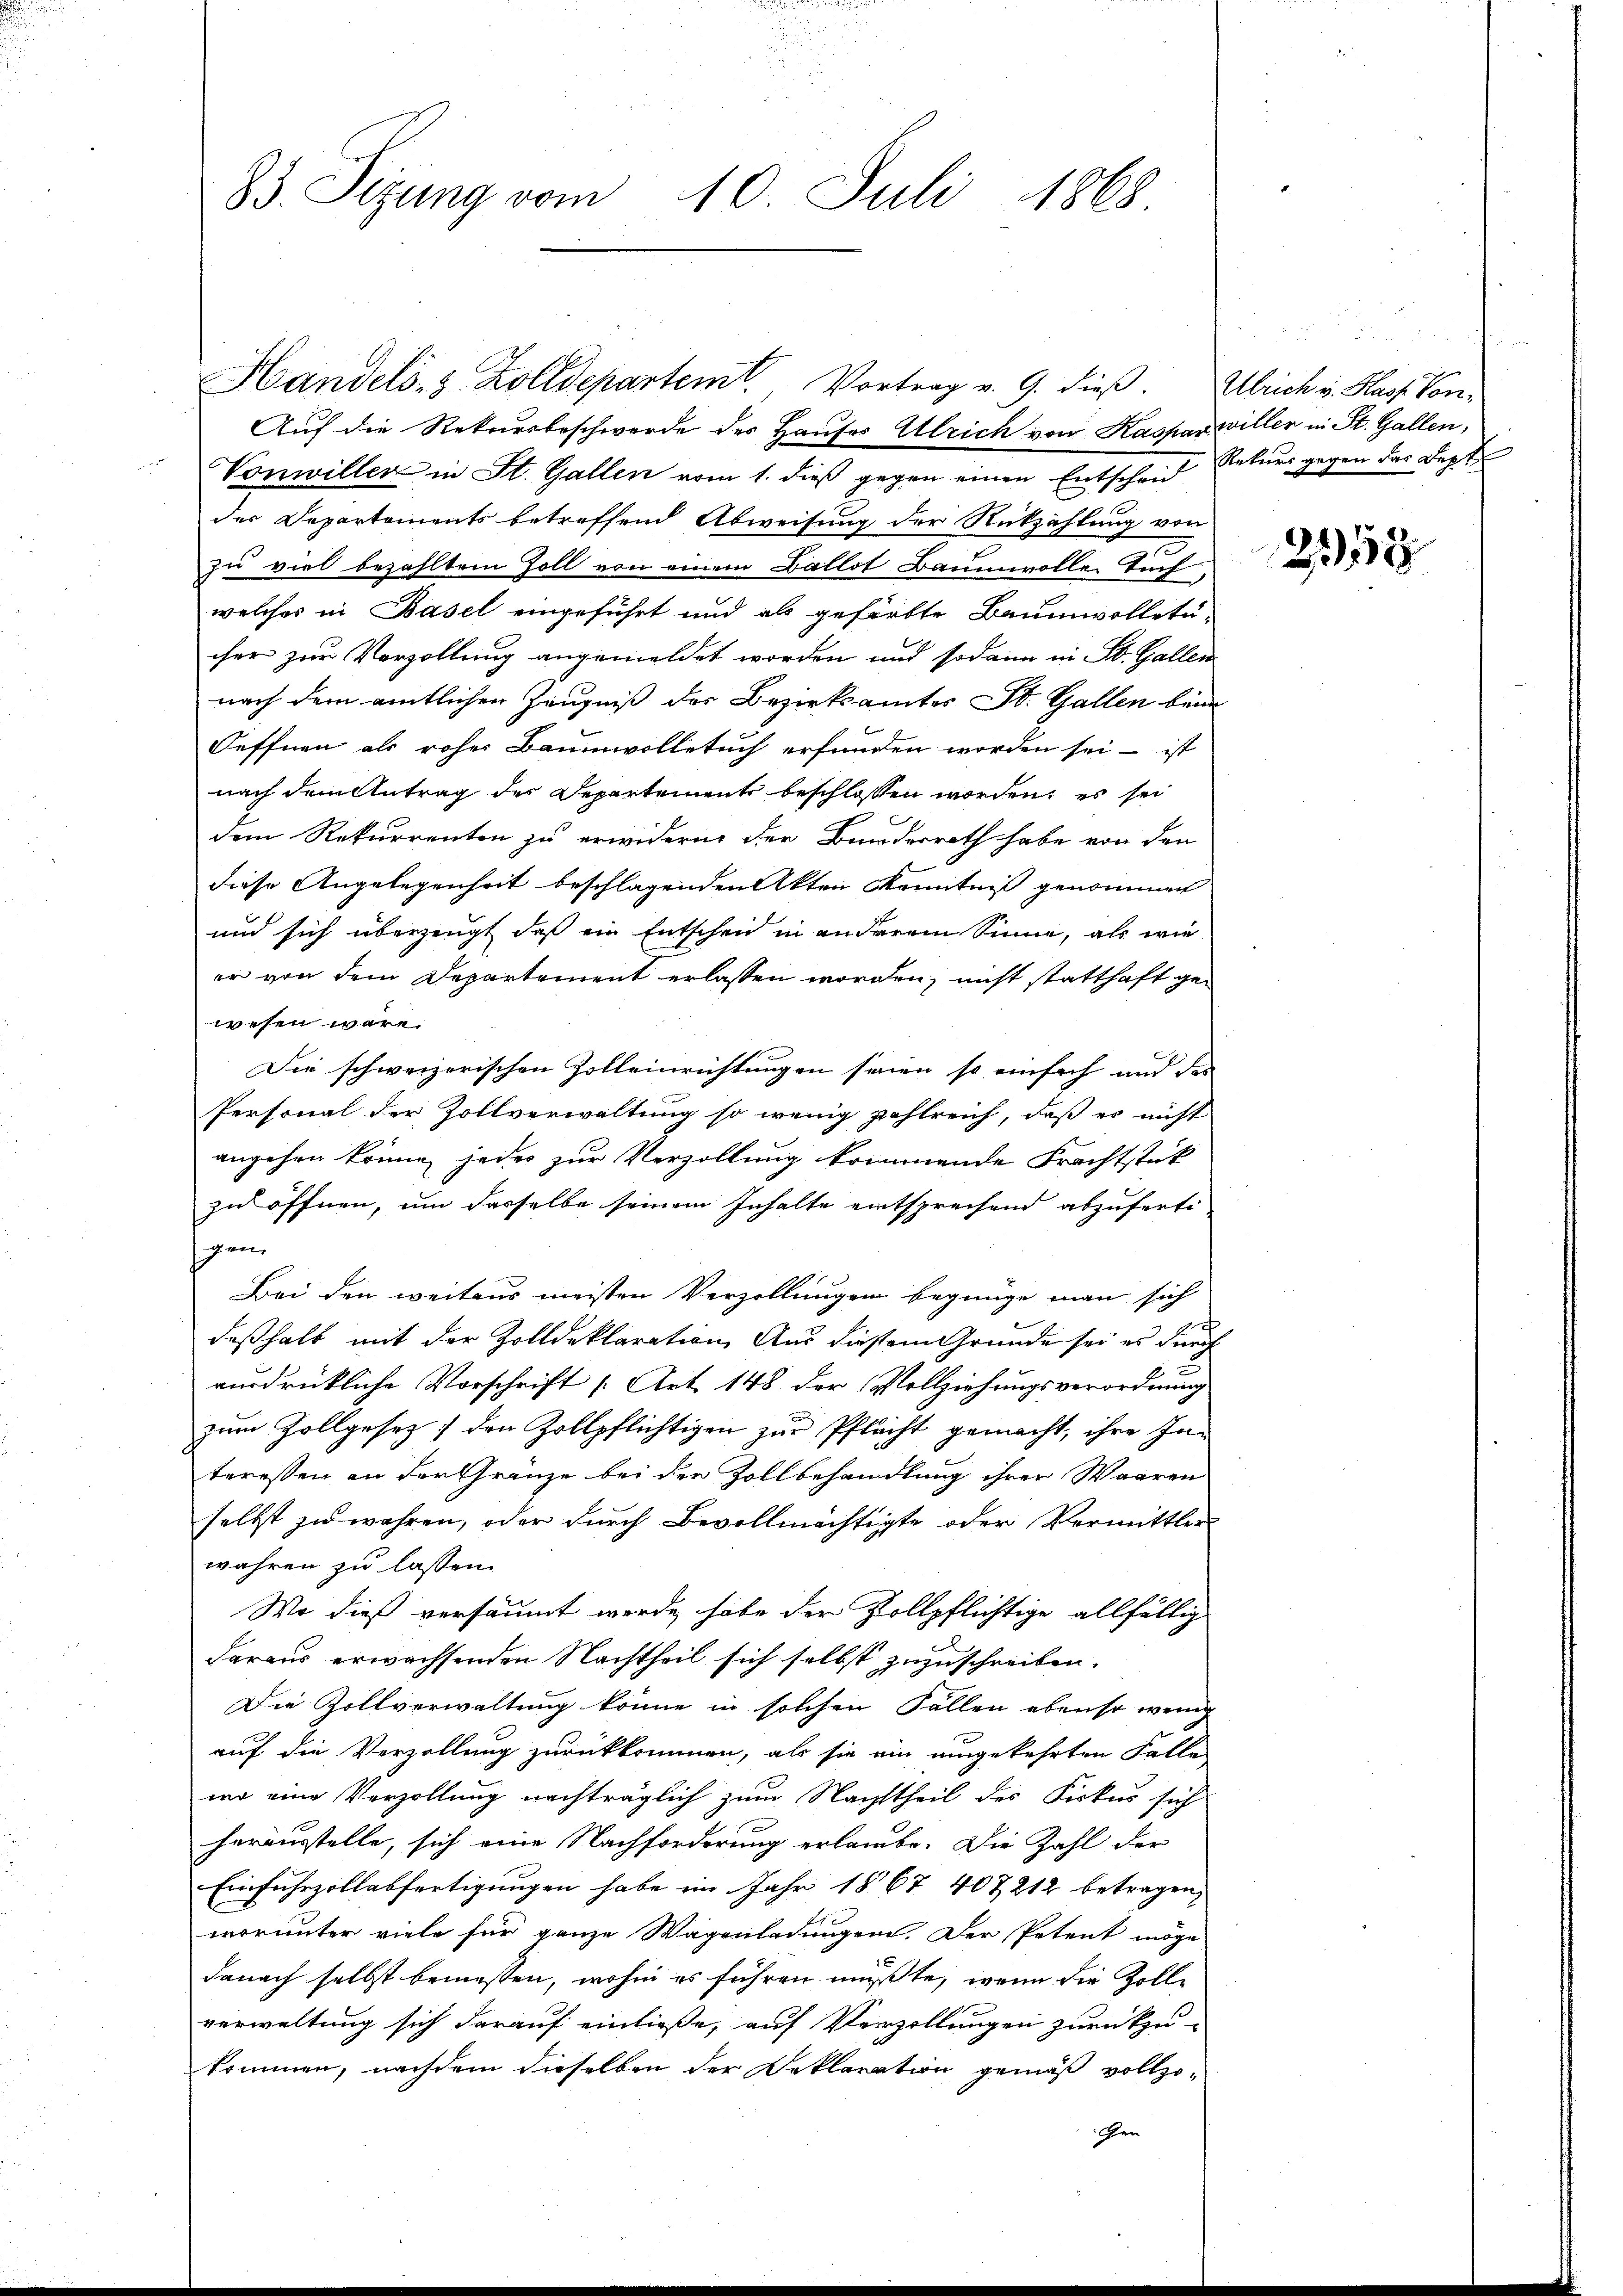
83. Sizung vom 10. Juli 1868.

Handels- & Zolldepartemt, Vortrag v. 9. dieß. Ulrich v. Hass Vor¬
Auf die Rekursbeschwerde des Hauses Ulrich von Kaspar willer in St. Gallen,
Vonwiller in St. Gallen vom 1. dieß gegen einen Entscheid Rekurs gegen der Sept
der Departements betreffend Abweisung der Rückzahlung von
zu viel bezahltem Zoll von einem Ballot Baumwolle. Tuch
welches in Basel eingeführt und als gefärbte Baumwolletä-
cher zur Verzollung angemeldet worden und sodann in St. Gallen
nach dem amtlichen Zeugniß der Bezirksamtes St. Gallen beim
Oeffnen als roher Baumwolletuch erfunden worden sei – ist
nach dem Antrag des Departements beschlossen worden; es sei
dem Rekurrenten zu erwidern der Bundesrath habe von den
diese Angelegenheit beschlagenden Akten Kenntniß genommen
und sich überzeugt, daß ein Entschen in anderem Sinne, als wie
er von dem Departement erlassen worden, nicht statthaft gewesen wäre.
Die schweizerischen Zolleinrichtungen seien so einfach und das
Personal der Zollverwaltung so wenig zahlreich, daß es nicht
angehen könne jedes zur Verzöllung kommende Frachtstik
zu öffnen, um dasselbe seinem Inhalte entsprechend abzuferti-
schen
Bei den weitens meisten Verzollungen begnüge man sich
deßhalb mit der Zolldeklaration Aus diesem Grunde sei es durch
ausdrückliche Vorschrift [Art. 148 der Vollziehungsverordnung
zum Zollgesez ) den Zollpflichtigen zur Pflecht gemacht, ihre In-
teressen an der Gränze bei der Zollbehandlung ihrer Waaren
selbst zu wahren, oder durch Bevollmächtigte oder Vermittler
wahren zu lassen.
Wo dieß versäumt werde, habe der Pollpflichtige allfällig
daraus erwachsenden Nachtheil sich selbst zuzuschreiben.
Die Zollverwaltung könne in solchen Fällen ebenso wenig
auf die Verzöllung zurückkommen, als sie ein umgekehrten Falle
wo eine Verzöllung nachträglich zum Nachttheil des Fiskus sich
herausstelle, sich eine Nachforderung erlaube. Die Zahl der
Einfuhrzollabfertigungen habe im Jahr 1867 407 212 betragen,
worunter viele für ganze Wagenladungen. Der Petent möge
danach selbst bemessen, wohin es führen müßte, wenn die Zolle
verwaltung sich darauf einließe, auf Verzellungen zurückzu-
kommen, nachdem dieselben der Deklaration gemäß vollzo¬
Gen

2558